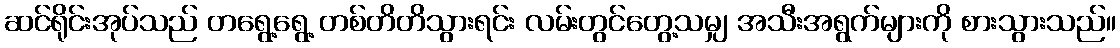
ဆင်ရိုင်းအုပ်သည် တရွေ့ရွေ့ တစ်တိတိသွားရင်း လမ်းတွင်တွေ့သမျှ အသီးအရွက်များကို စားသွားသည်။